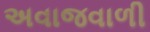
અવાજવાળી